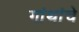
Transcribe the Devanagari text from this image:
गांथांचे